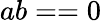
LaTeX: ab==0